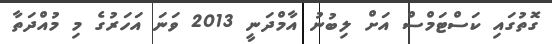
ގޮތުގައި ކަސްޓަމްސް އަށް ލިބުނު އާމްދަނީ 2013 ވަނަ އަހަރުގެ މި މުއްދަތާ